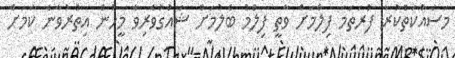
މަސައްކަތްކުރާ ފުރަތަމަ ފިލްމަށް ވާތީ ފިލްމު ބެލުމަށް ޝައުގުވެރިވާ މީހުން އިތުރުވާނެ ކަމަށް